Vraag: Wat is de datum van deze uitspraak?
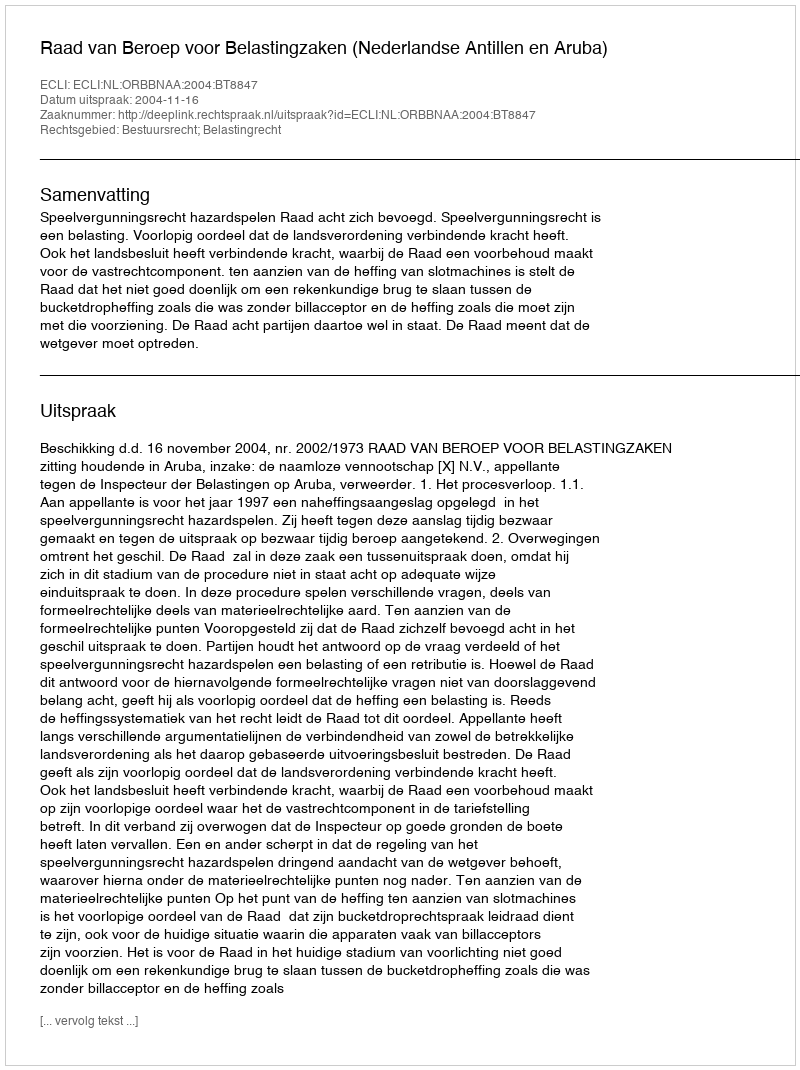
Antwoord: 2004-11-16